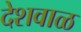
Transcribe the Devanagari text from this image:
देशवाळ